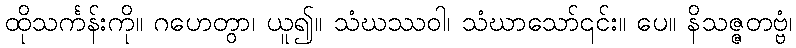
ထိုသင်္ကန်းကို။ ဂဟေတွာ၊ ယူ၍။ သံဃဿဝါ၊ သံဃာသော်၎င်း။ ပေ။ နိသဇ္ဇတဗ္ဗံ၊